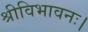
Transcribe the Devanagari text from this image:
श्रीविभावनः।